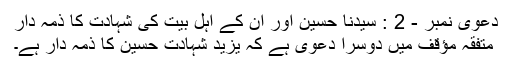
دعویٰ نمبر - 2 : سیّدنا حسینؓ اور ان کے اہل بیت کی شہادت کا ذمہ دار
متفّقہ مؤقف میں دوسرا دعویٰ ہے کہ یزید شہادت حسینؓ کا ذمہ دار ہے۔